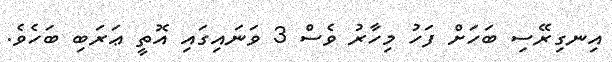
އިނގިރޭސި ބަހަށް ފަހު މިހާރު ވެސް 3 ވަނައިގައި އޮތީ ޢަރަބި ބަހެވެ.